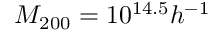
M _ { 2 0 0 } = 1 0 ^ { 1 4 . 5 } h ^ { - 1 }